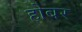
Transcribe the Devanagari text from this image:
होबर